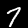
Digit: 7